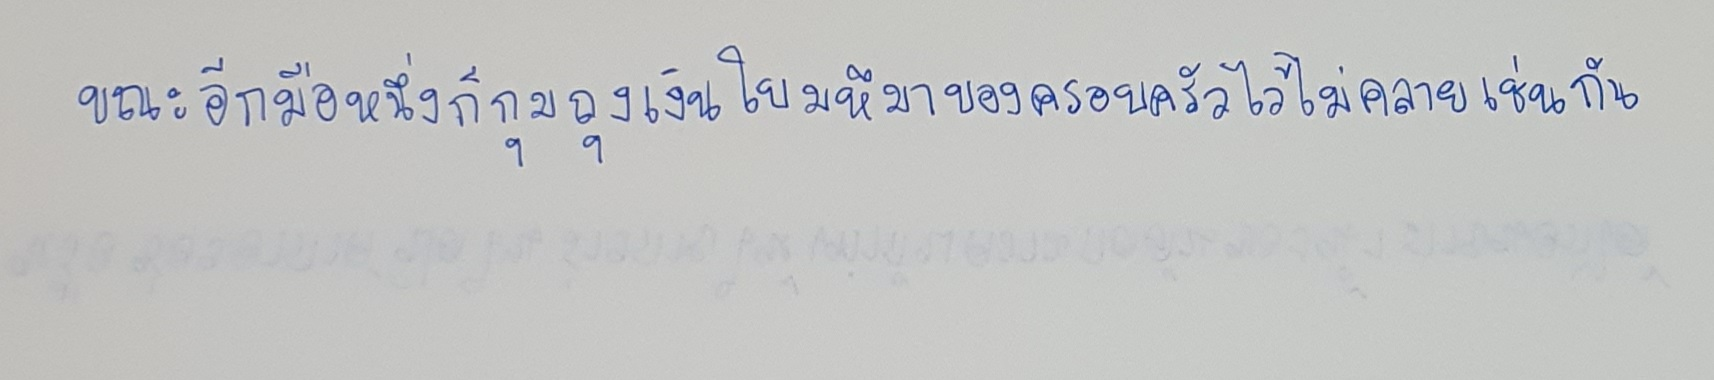
ขณะอีกมือหนึ่งก็กุมถุงเงินใบมหึมาของครอบครัวไว้ไม่คลายเช่นกัน